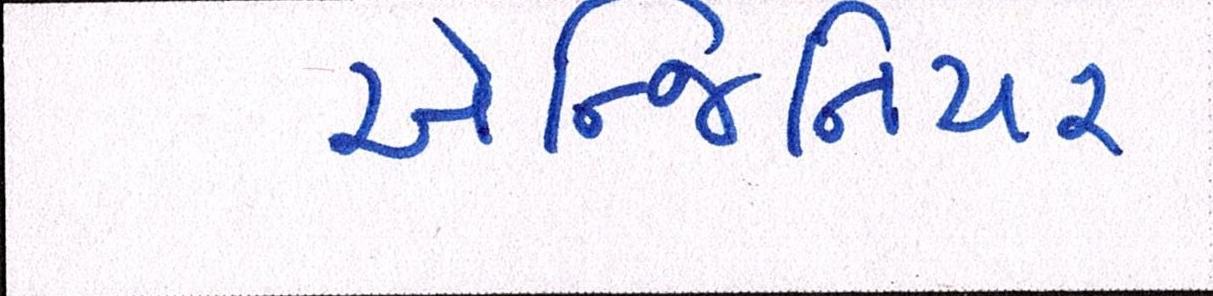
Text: એન્જિનિયર